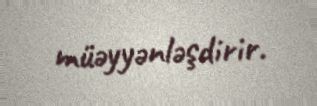
müəyyənləşdirir.